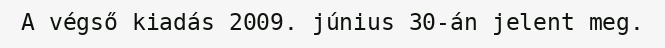
A végső kiadás 2009. június 30-án jelent meg.